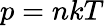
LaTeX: p=nkT